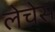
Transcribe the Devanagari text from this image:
लेचेस